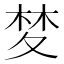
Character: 𭐧